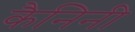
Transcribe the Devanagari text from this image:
कैनिनी